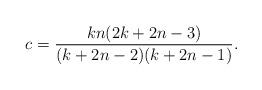
LaTeX: \begin{align*} c = \frac{k n (2 k + 2 n -3)}{(k + 2 n -2) (k + 2 n -1)} .\end{align*}